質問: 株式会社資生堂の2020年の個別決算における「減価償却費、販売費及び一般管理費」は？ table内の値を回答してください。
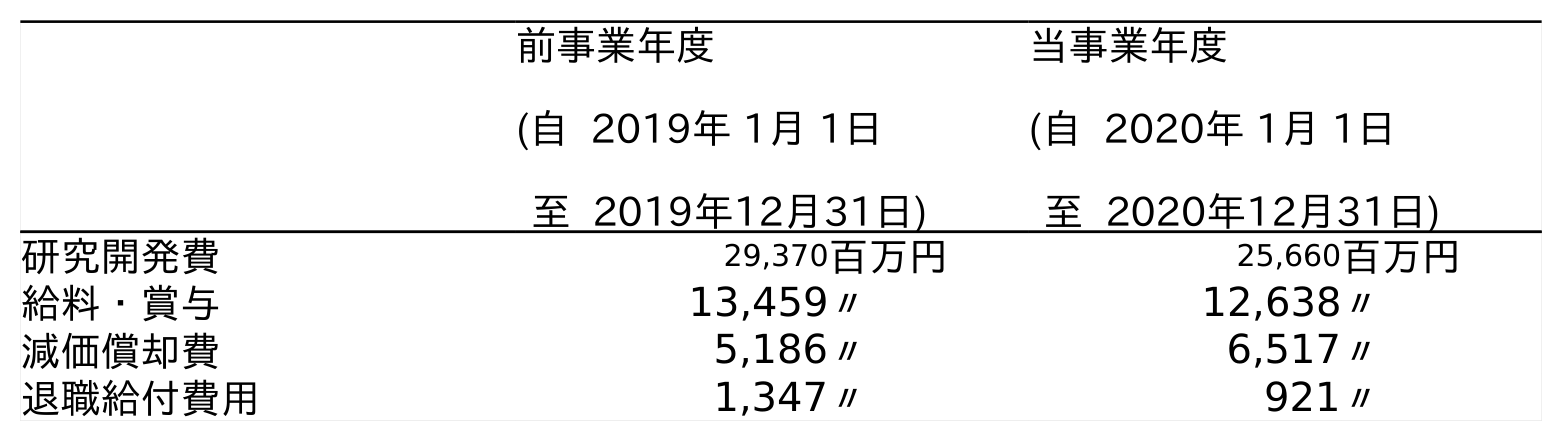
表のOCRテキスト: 前事業年度 (自 2019年 1月 1日 至 2019年12月31日) 当事業年度 (自 2020年 1月 1日 至 2020年12月31日) 研究開発費 29,370百万円 25,660百万円 給料・賞与 13,459〃 12,638〃 減価償却費 5,186〃 6,517〃 退職給付費用 1,347〃 921〃
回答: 6,517